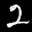
Label: 2